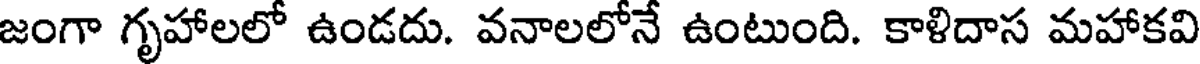
జంగా గృహాలలో ఉండదు. వనాలలోనే ఉంటుంది. కాళిదాస మహాకవి